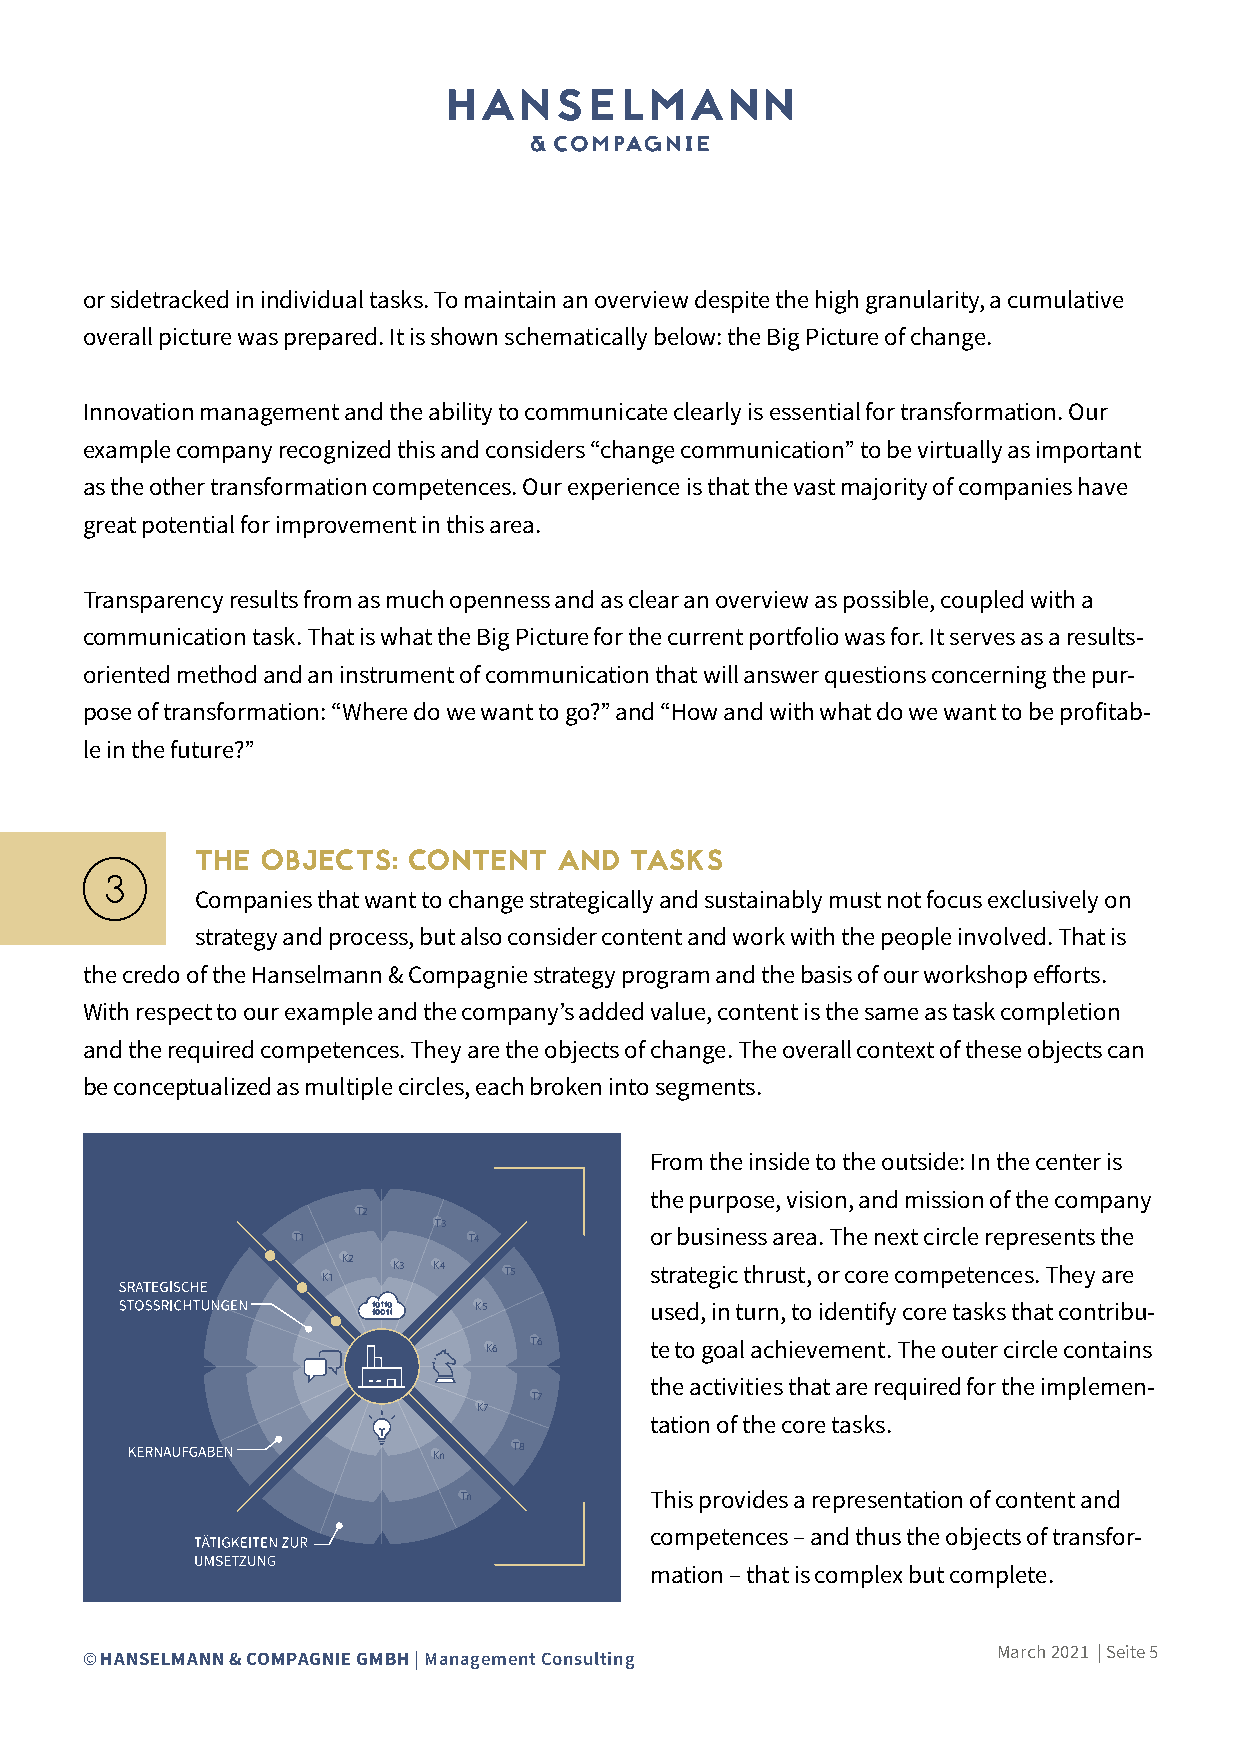
or sidetracked in individual tasks. To maintain an overview despite the high granularity, a cumulative
 overall picture was prepared. It is shown schematically below: the Big Picture of change.
 Innovation management and the ability to communicate clearly is essential for transformation. Our
 example company recognized this and considers “change communication” to be virtually as important
 as the other transformation competences. Our experience is that the vast majority of companies have
 great potential for improvement in this area.
 Transparency results from as much openness and as clear an overview as possible, coupled with a
 communication task. That is what the Big Picture for the current portfolio was for. It serves as a results-
 oriented method and an instrument of communication that will answer questions concerning the pur-
 pose of transformation: “Where do we want to go?” and “How and with what do we want to be profitab-
 le in the future?”
 THE OBJECTS:  CONTENT   AND  TASKS
 Companies that want to change strategically and sustainably must not focus exclusively on
 strategy and process, but also consider content and work with the people involved. That is
 the credo of the Hanselmann & Compagnie strategy program and the basis of our workshop efforts.
 With respect to our example and the company’s added value, content is the same as task completion
 and the required competences. They are the objects of change. The overall context of these objects can
 be conceptualized as multiple circles, each broken into segments.
 From the inside to the outside: In the center is
 the purpose, vision, and mission of the company
 T2
 T3
 T1          T4          or business area. The next circle represents the
 K2
 K1   K3 K4  T5        strategic thrust, or core competences. They are
 K5          used, in turn, to identify core tasks that contribu-
 K6 T6      te to goal achievement. The outer circle contains
 the activities that are required for the implemen-
 T7
 K7
 tation of the core tasks.
 T8
 Kn
 Tn           This provides a representation of content and
 competences – and thus the objects of transfor-
 mation – that is complex but complete.
 March 2021 | Seite 5
 © HANSELMANN & COMPAGNIE GMBH | Management Consulting